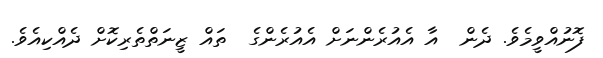
ފޮނުއްވީމެވެ. ދެން  އާ އެއުރެންނަށް އެއުރެންގެ  ތައް ޒީނަތްތެރިކޮށް ދެއްކިއެވެ.